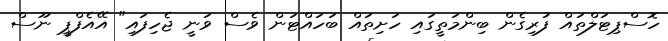
ހޮސްޕިޓަލްތައް ފުރިގެން ބިންމަތީގައި ހަށިތައް ބަހައްޓަން ވެސް ވަނީ ޖެހިފައި" އޭއެފްޕީ ނޫސް